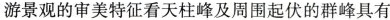
游景观的审美特征看天柱峰及周围起伏的群峰具有